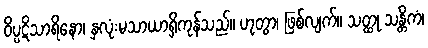
ဝိပ္ပဋိသာရိနော၊ နှလုံးမသာယာရှိကုန်သည်။ ဟုတွာ၊ ဖြစ်လျက်။ သတ္ထု သန္တိကံ၊